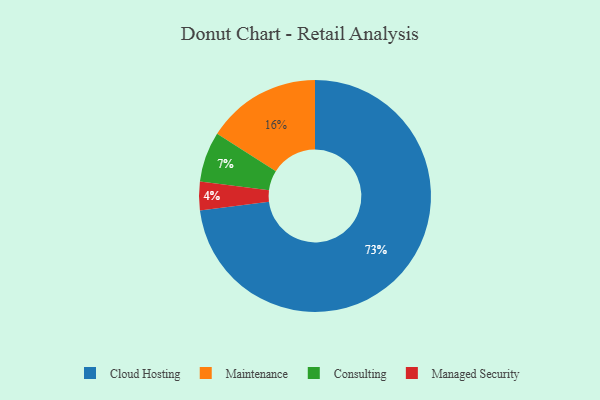
{"axis": {"x": "Category", "y": "Percentage"}, "legend": ["Cloud Hosting", "Consulting", "Maintenance", "Managed Security"], "data": [{"x": "Managed Security", "y": 4, "type": "Managed Security"}, {"x": "Consulting", "y": 7, "type": "Consulting"}, {"x": "Maintenance", "y": 16, "type": "Maintenance"}, {"x": "Cloud Hosting", "y": 73, "type": "Cloud Hosting"}]}